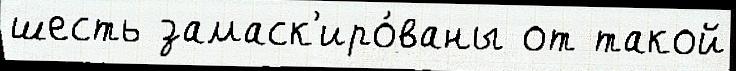
шесть замаск'иро́ваны от такой